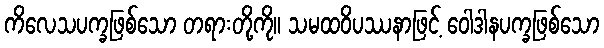
ကိလေသပက္ခဖြစ်သော တရားတို့ကို။ သမထဝိပဿနာဖြင့် ဝေါဒါနပက္ခဖြစ်သော